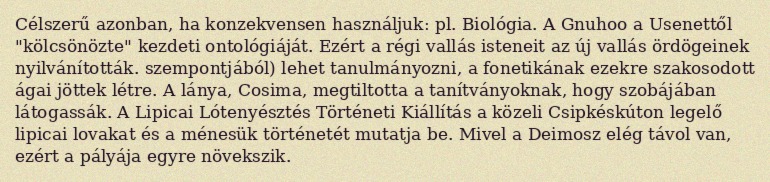
Célszerű azonban, ha konzekvensen használjuk: pl. Biológia. A Gnuhoo a Usenettől "kölcsönözte" kezdeti ontológiáját. Ezért a régi vallás isteneit az új vallás ördögeinek nyilvánították. szempontjából) lehet tanulmányozni, a fonetikának ezekre szakosodott ágai jöttek létre. A lánya, Cosima, megtiltotta a tanítványoknak, hogy szobájában látogassák. A Lipicai Lótenyésztés Történeti Kiállítás a közeli Csipkéskúton legelő lipicai lovakat és a ménesük történetét mutatja be. Mivel a Deimosz elég távol van, ezért a pályája egyre növekszik.